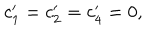
c _ { 1 } ^ { \prime } = c _ { 2 } ^ { \prime } = c _ { 4 } ^ { \prime } = 0 ,